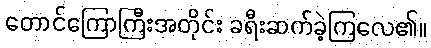
တောင်ကြောကြီးအတိုင်း ခရီးဆက်ခဲ့ကြလေ၏။